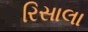
રિસાલા